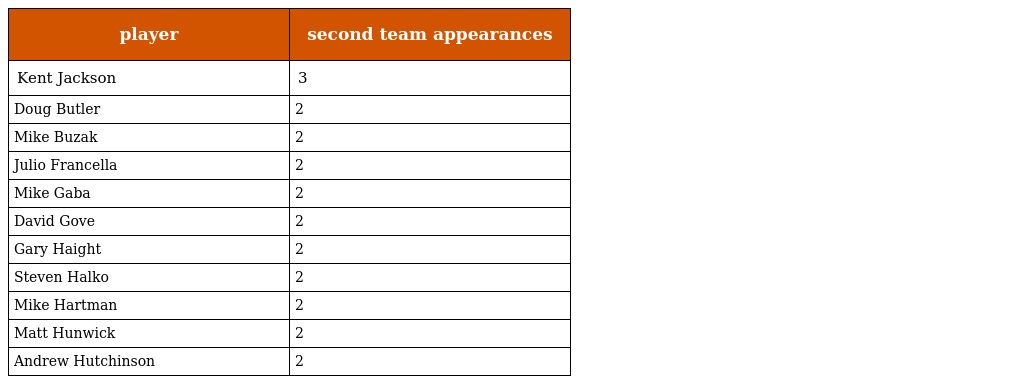
| player | second team appearances |
 | --- | --- |
 | Kent Jackson | 3 |
 | Doug Butler | 2 |
 | Mike Buzak | 2 |
 | Julio Francella | 2 |
 | Mike Gaba | 2 |
 | David Gove | 2 |
 | Gary Haight | 2 |
 | Steven Halko | 2 |
 | Mike Hartman | 2 |
 | Matt Hunwick | 2 |
 | Andrew Hutchinson | 2 |